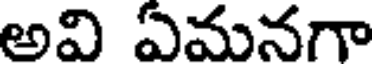
అవి ఏమనగా